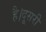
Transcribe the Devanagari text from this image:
है।दूसरी